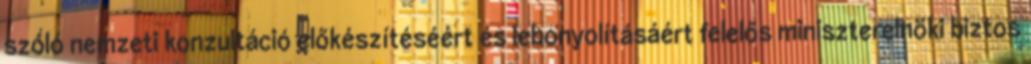
szóló nemzeti konzultáció előkészítéséért és lebonyolításáért felelős miniszterelnöki biztos